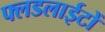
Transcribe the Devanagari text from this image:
फ्लडलाईटों